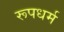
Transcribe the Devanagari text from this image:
रूपधर्म